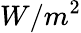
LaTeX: W/m^{2}